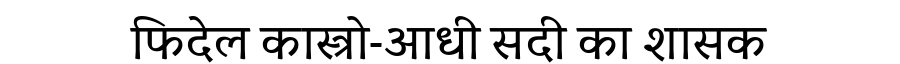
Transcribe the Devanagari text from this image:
फिदेल कास्त्रो-आधी सदी का शासक